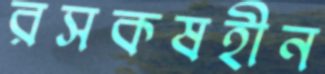
রসকষহীন